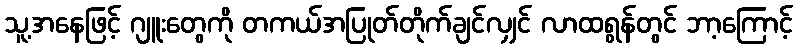
သူ့အနေဖြင့် ဂျူးတွေကို တကယ်အပြုတ်တိုက်ချင်လျှင် လာထရွန်တွင် ဘာ့ကြောင့်